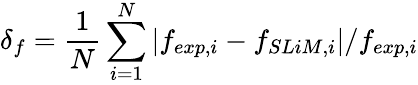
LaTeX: \delta_{f}=\frac{1}{N}\sum_{i=1}^{N}|f_{exp,i}-f_{SLiM,i}|/f_{exp,i}